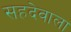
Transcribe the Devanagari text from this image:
सहदेवाला